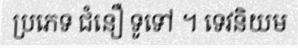
ប្រភេទ ជំនឿ ទូទៅ ។ ទេវនិយម